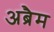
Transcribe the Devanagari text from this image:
अब्रैम